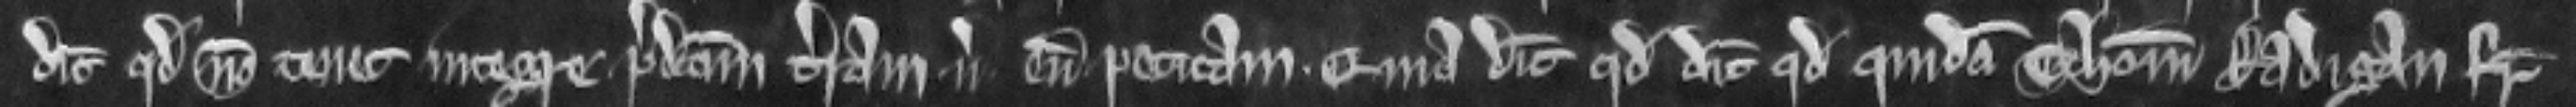
dicit quod non tenet integre predictam terram versus eum petitam quia dicit quod quidam Thomas Radigan frater